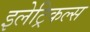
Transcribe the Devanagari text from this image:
इलेट्रिकल्स